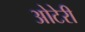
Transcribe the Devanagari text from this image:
ओटेरी